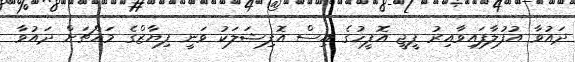
ދައުވާ އުފުލާފައިވާއިރު ޕީޖީ އޮފީހުގެ އިސް އޮފިޝަލަކު ވަނީ ފިޔާޒްގެ މައްޗަށް ދައުވާ